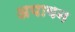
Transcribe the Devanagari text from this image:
अपावन